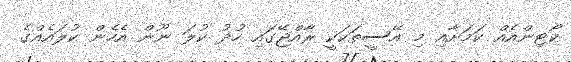
ކޯޓިންއެއް ކަމަށާއިި މި އޭސީތަކަކީ ރާއްޖޭގައި ހުދު ކުލަ ނޫން އެހެން ކުލައެއްގެ